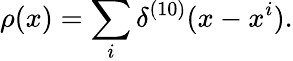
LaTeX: \rho(x)=\sum_{i}\delta^{(10)}(x-x^{i}).